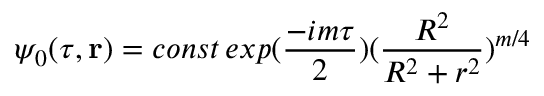
\psi _ { 0 } ( \tau , { \bf r } ) = c o n s t \, e x p ( \frac { - i m \tau } { 2 } ) ( \frac { R ^ { 2 } } { R ^ { 2 } + r ^ { 2 } } ) ^ { m / 4 }